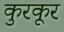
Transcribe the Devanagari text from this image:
कुरकूर